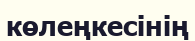
көлеңкесінің